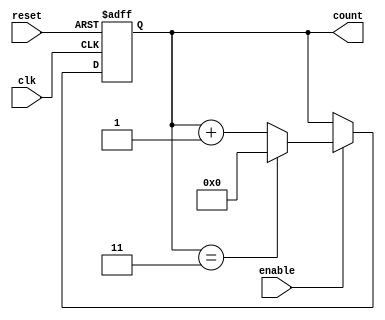
module ModuloN_Up_Counter_with_Enable (
    input wire clk,
    input wire reset,
    input wire enable,
    output reg [N-1:0] count
);

parameter N = 4;

always @(posedge clk or posedge reset) begin
    if (reset) begin
        count <= 0;
    end else if (enable) begin
        if (count == N-1) begin
            count <= 0;
        end else begin
            count <= count + 1;
        end
    end
end

endmodule